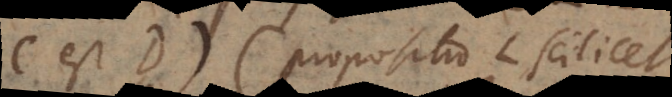
C est D) (propositio L scilicet